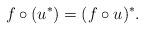
LaTeX: \begin{align*} f \circ (u^*)= (f \circ u)^*.\end{align*}